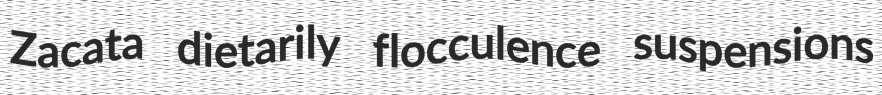
Zacata dietarily flocculence suspensions